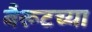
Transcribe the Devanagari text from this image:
बैरूटच्या